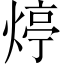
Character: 㷚